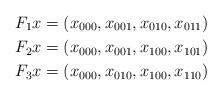
LaTeX: \begin{align*}F_1x &= (x_{000},x_{001},x_{010},x_{011}) \\F_2x &= (x_{000},x_{001},x_{100},x_{101}) \\F_3x &= (x_{000},x_{010},x_{100},x_{110})\end{align*}